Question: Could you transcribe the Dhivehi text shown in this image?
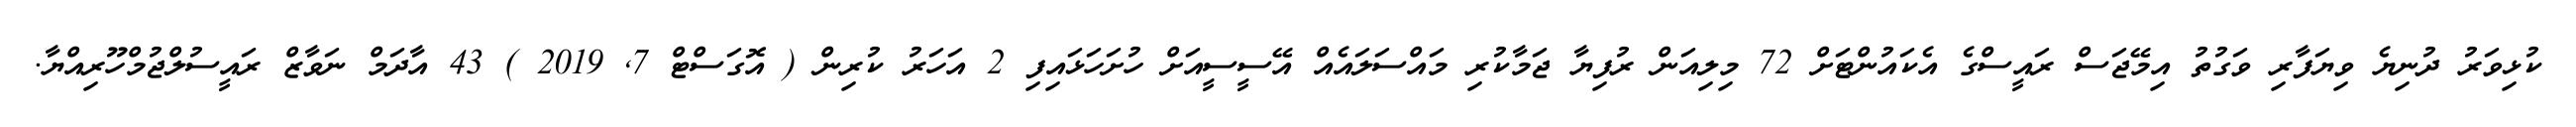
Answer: ކުޅިވަރު ދުނިޔެ ވިޔަފާރި ވަގުތު އިމޭޖަސް ރައީސްގެ އެކައުންޓަށް 72 މިލިއަން ރުފިޔާ ޖަމާކުރި މައްސަލައެއް އޭސީސީއަށް ހުށަހަޅައިފި 2 އަހަރު ކުރިން ( އޮގަސްޓް 7, 2019 ) 43 އާދަމް ނަވާޒް ރައީސުލްޖުމްހޫރިއްޔާ.